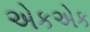
એકએક